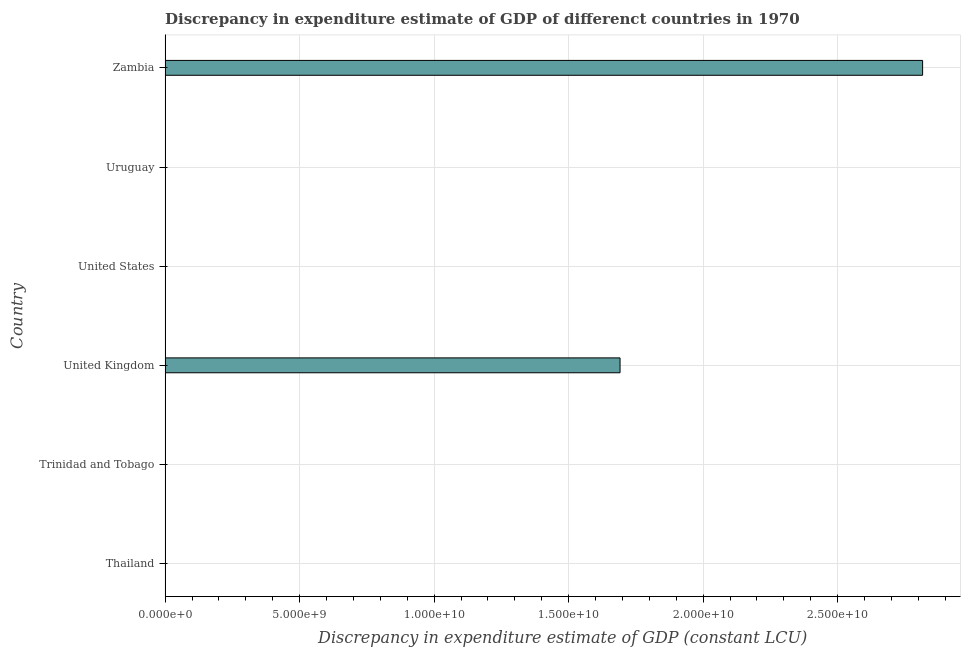
| Country | Discrepancy constant LCU |
 | --- | --- |
 | Thailand | -4.05e+10 |
 | Trinidad and Tobago | -2.11e+09 |
 | United Kingdom | 1.69e+10 |
 | United States | -7.4e+10 |
 | Uruguay | -9.13e+09 |
 | Zambia | 2.82e+10 |